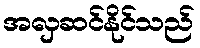
အလှဆင်နိုင်သည်